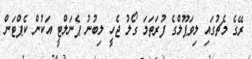
ރޭގެ މެޗުގައި ލިވަޕޫލްގެ ފުރަތަމަ ގޯލު ޖެހީ ލިބުނު ޕެނަލްޓީ އަކުން ކެޕްޓަން